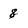
Character: 8